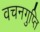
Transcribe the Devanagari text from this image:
वचनगुप्ति